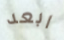
ابعد